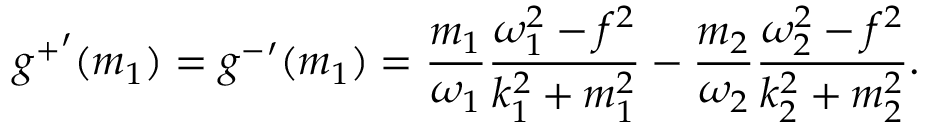
{ g ^ { + } } ^ { \prime } ( m _ { 1 } ) = { g ^ { - } } ^ { \prime } ( m _ { 1 } ) = \frac { m _ { 1 } } { \omega _ { 1 } } \frac { \omega _ { 1 } ^ { 2 } - f ^ { 2 } } { k _ { 1 } ^ { 2 } + m _ { 1 } ^ { 2 } } - \frac { m _ { 2 } } { \omega _ { 2 } } \frac { \omega _ { 2 } ^ { 2 } - f ^ { 2 } } { k _ { 2 } ^ { 2 } + m _ { 2 } ^ { 2 } } .